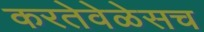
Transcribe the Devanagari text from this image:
करतेवेळेसच